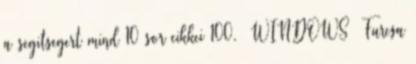
a segitsegert mind 10 sor cikkei 100. WINDOWS Furcsa